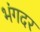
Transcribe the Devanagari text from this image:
भंगदर